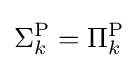
\Sigma _{k}^{\mathrm {P} }=\Pi _{k}^{\mathrm {P} }